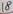
Text: 18